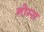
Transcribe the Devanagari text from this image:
नोम्स